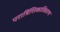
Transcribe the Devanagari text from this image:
परात्रिंशिकाविवरण